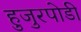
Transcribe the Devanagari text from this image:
हुजुरपोडी